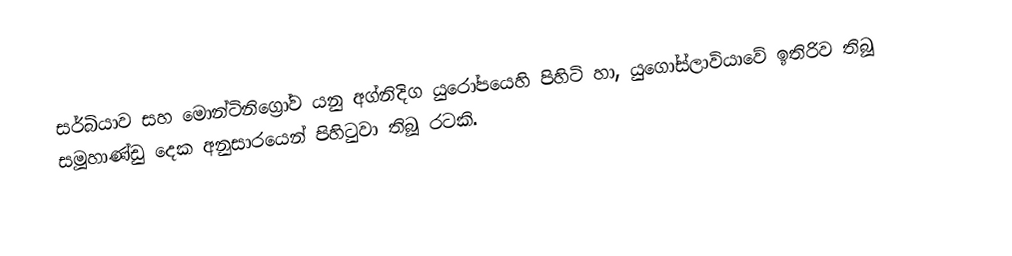
සර්බියාව සහ මොන්ටිනිග්‍රෝව යනු අග්නිදිග යුරෝපයෙහි පිහිටි හා, යුගෝස්ලාවියාවේ ඉතිරිව තිබූ සමූහාණ්ඩු දෙක අනුසාරයෙන් පිහිටුවා තිබූ රටකි.